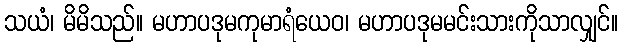
သယံ၊ မိမိသည်။ မဟာပဒုမကုမာရံယေဝ၊ မဟာပဒုမမင်းသားကိုသာလျှင်။